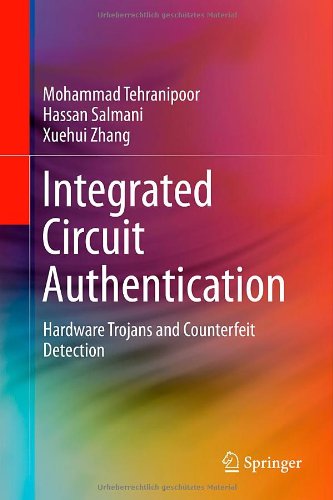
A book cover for Integrated Circuit Authentication: Hardware Trojans and Counterfeit Detection; Mohammad Tehranipoor; Computers & Technology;